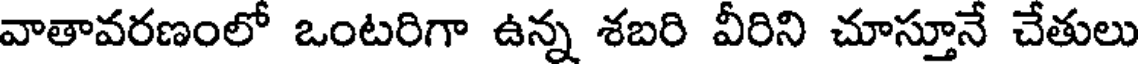
వాతావరణంలో ఒంటరిగా ఉన్న శబరి వీరిని చూస్తూనే చేతులు